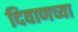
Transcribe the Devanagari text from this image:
दिवाणच्या